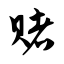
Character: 赌